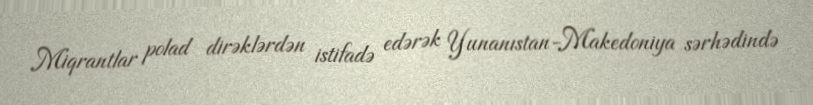
Miqrantlar polad dirəklərdən istifadə edərək Yunanıstan-Makedoniya sərhədində